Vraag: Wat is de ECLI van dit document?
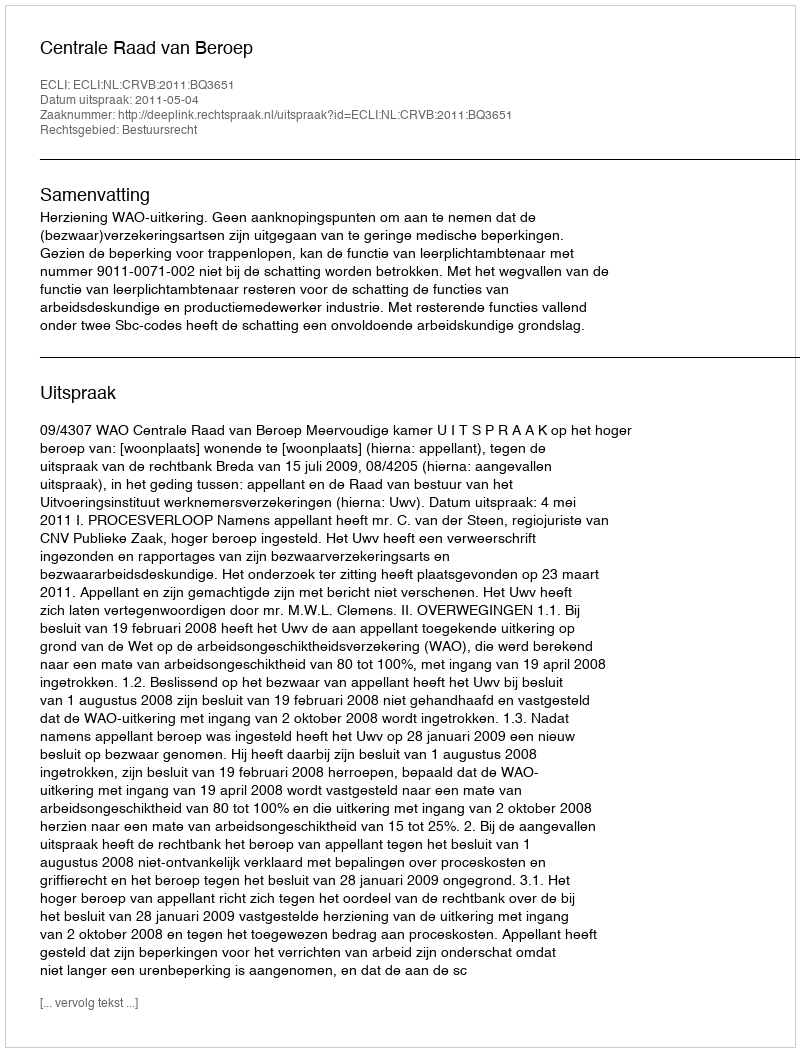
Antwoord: ECLI:NL:CRVB:2011:BQ3651